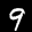
Label: 9